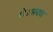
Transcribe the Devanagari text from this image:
थे।अवध